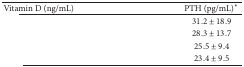
<table><thead><tr><td><b>Vitamin D (ng/mL)</b></td><td><b>PTH (pg/mL)<sup><i>∗</i></sup> </b></td></tr></thead><tbody><tr><td>[EMPTY_CELL]</td><td>31.2 ± 18.9</td></tr><tr><td>[EMPTY_CELL]</td><td>28.3 ± 13.7</td></tr><tr><td>[EMPTY_CELL]</td><td>25.5 ± 9.4</td></tr><tr><td>[EMPTY_CELL]</td><td>23.4 ± 9.5</td></tr></tbody></table>